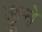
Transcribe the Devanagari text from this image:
डूने